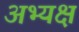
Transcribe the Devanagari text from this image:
अभ्यक्ष